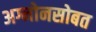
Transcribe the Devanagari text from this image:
अग्नोनसोबत